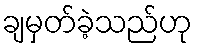
ချမှတ်ခဲ့သည်ဟု